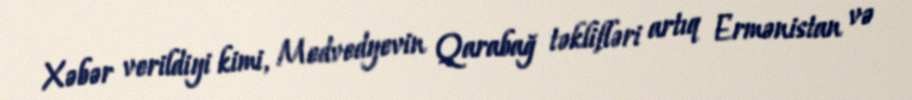
Xəbər verildiyi kimi, Medvedyevin Qarabağ təklifləri artıq Ermənistan və